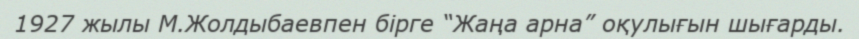
1927 жылы М.Жолдыбаевпен бірге “Жаңа арна” оқулығын шығарды.